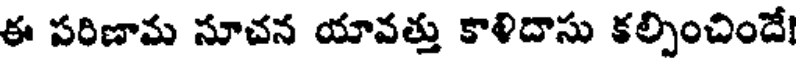
ఈ పరిణామ సూచన యావత్తు కాళిదాసు కల్పించిందే!